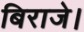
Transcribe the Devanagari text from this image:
बिराजे।